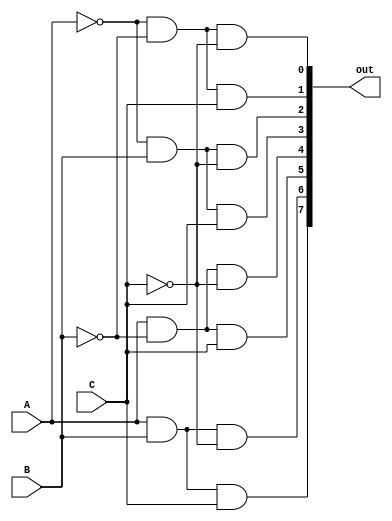
module decod_3_pra_8(A, B, C, out);
	input A, B, C;
	output [7:0] out;
	
	wire A_not, B_not;
	
	not (A_not, A);
	not (B_not, B);
	not (C_not, C);
	
	and And0 (out[0], A_not, B_not, C_not);
	and And1 (out[1], A_not, B_not, C);
	and And2 (out[2], A_not, B, C_not);
	and And3 (out[3], A_not, B, C);
	and And4 (out[4], A, B_not, C_not);
	and And5 (out[5], A, B_not, C);
	and And6 (out[6], A, B, C_not);
	and And7 (out[7], A, B, C);
	
	

endmodule